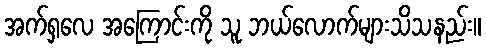
အက်ရှလေ အကြောင်းကို သူ ဘယ်လောက်များသိသနည်း။